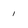
Character: 1